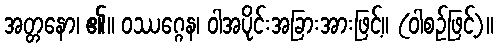
အတ္တနော၊ ၏။ ဝဿဂ္ဂေန၊ ဝါအပိုင်းအခြားအားဖြင့်။ (ဝါစဉ်ဖြင့်)။